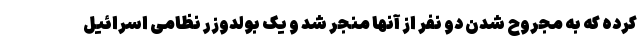
کرده که به مجروح شدن دو نفر از آنها منجر شد و یک بولدوزر نظامی اسرائیل